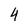
Character: 4